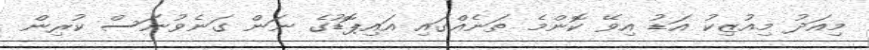
މިއަދު މިއުޒިކު އަޑު އިވޭ ކޮންމެ ތަނެއްގައި އައިޕޮޑުގެ ނަން ގަނެވުނަސް ކުރިން